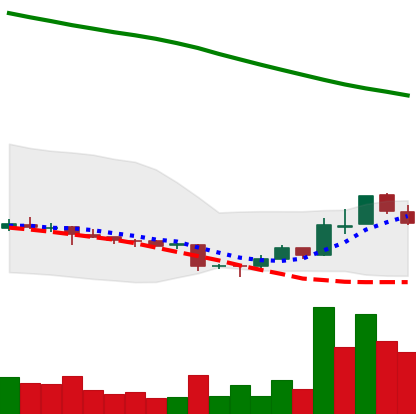
Ticker: ADA-USD
Chart end date: 2018-11-08
Forward return: -3.778%
Label: down_3_5